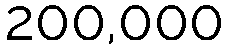
200,000